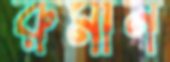
রুমান